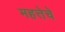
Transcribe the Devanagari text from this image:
महत्तेचे